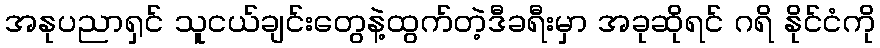
အနုပညာရှင် သူငယ်ချင်းတွေနဲ့ထွက်တဲ့ဒီခရီးမှာ အခုဆိုရင် ဂရိ နိုင်ငံကို